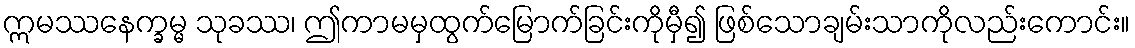
ဣမဿနေက္ခမ္မ သုခဿ၊ ဤကာမမှထွက်မြောက်ခြင်းကိုမှီ၍ ဖြစ်သောချမ်းသာကိုလည်းကောင်း။